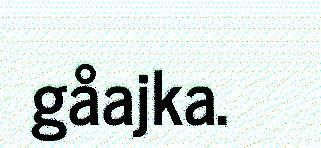
gåajka.